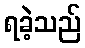
ရခဲ့သည်